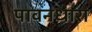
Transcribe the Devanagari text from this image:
पावनधारा